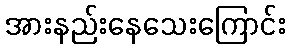
အားနည်းနေသေးကြောင်း